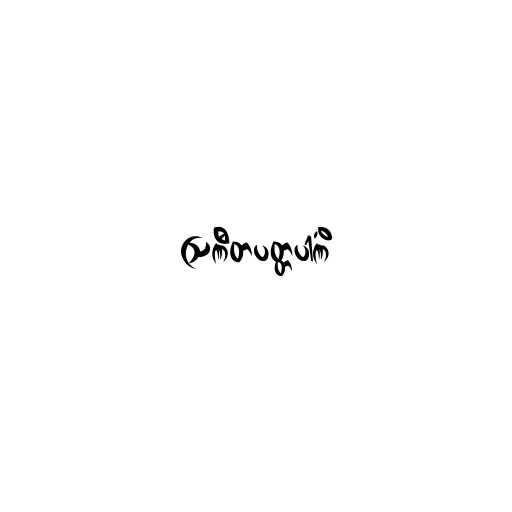
ဩဏီတပတ္တပါဏိံ